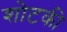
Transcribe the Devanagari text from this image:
शोटकी